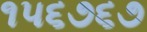
૧૫૬૭૬૭